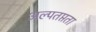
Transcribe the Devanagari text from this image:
अल्पतप्तता